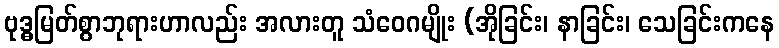
ဗုဒ္ဓမြတ်စွာဘုရားဟာလည်း အလားတူ သံဝေဂမျိုး (အိုခြင်း၊ နာခြင်း၊ သေခြင်းကနေ